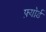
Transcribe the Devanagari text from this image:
फ़्योर्ड